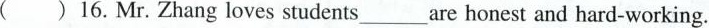
() 16.Mr. Zhang loves students___are honest and hard-working.